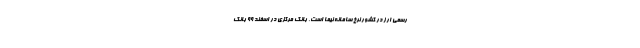
رسمی ارز در کشور نرخ سامانه نیما است، بانک مرکزی در اسفند ۹۹ بانک